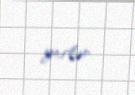
yerlər.